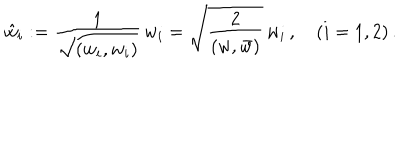
\hat { w } _ { i } : = \frac { 1 } { \sqrt { ( w _ { i } , w _ { i } ) } } \, w _ { i } = \sqrt { \frac { 2 } { ( w , \bar { w } ) } } \, w _ { i } \, , \quad ( i = 1 , 2 ) \, .